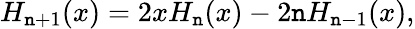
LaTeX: H_{\mathtt{n}+1}(x)=2xH_{\mathtt{n}}(x)-2\mathtt{n}H_{\mathtt{n}-1}(x),